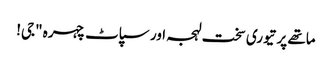
ماتھے پر تیوری سخت لہجہ اور سپاٹ چہرہ "جی!